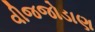
વીજજોડાણ